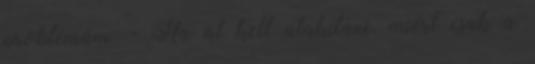
problémám: - Ha át kell alakítani, miért csak a